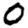
Digit: 0